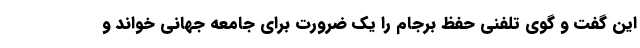
این گفت و گوی تلفنی حفظ برجام را یک ضرورت برای جامعه جهانی خواند و